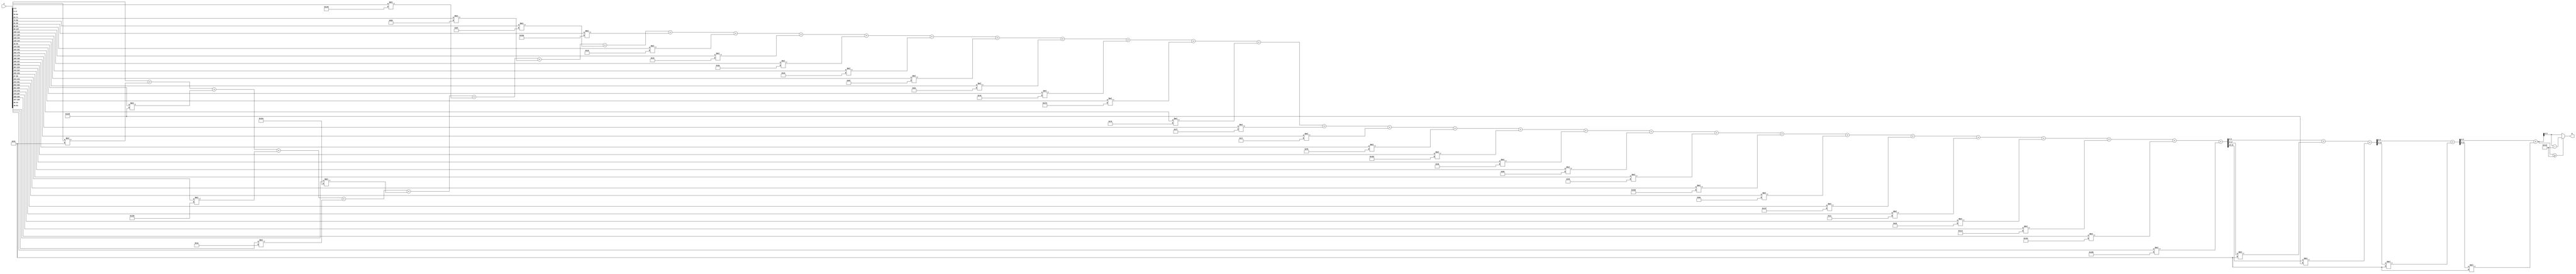
module x_300_mod_461(
    input [300:1] X,
    output [9:1] R
    );

wire [22:1] R_temp_1;
wire [15:1] R_temp_2;
wire [12:1] R_temp_3;
wire [10:1] R_temp_4;
reg [9:1]  R_temp;

assign R_temp_1 = X [ 9 : 1 ]  + X [ 18 : 10 ] * 6'b110011 + X [ 27 : 19 ] * 9'b100101000 + X [ 36 : 28 ] * 9'b101011000 + X [ 45 : 37 ] * 5'b11010 + X [ 54 : 46 ] * 9'b110010100 + X [ 63 : 55 ] * 9'b101000000 + X [ 72 : 64 ] * 8'b10111001 + X [ 81 : 73 ] * 8'b11010111 + X [ 90 : 82 ] * 9'b101101010 + X [ 99 : 91 ] * 5'b10110 + X [ 108 : 100 ] * 8'b11001000 + X [ 117 : 109 ] * 6'b111010 + X [ 126 : 118 ] * 8'b11000000 + X [ 135 : 127 ] * 7'b1101111 + X [ 144 : 136 ] * 8'b10000001 + X [ 153 : 145 ] * 7'b1111101 + X [ 162 : 154 ] * 9'b101111110 + X [ 171 : 163 ] * 7'b1111000 + X [ 180 : 172 ] * 7'b1111111 + X [ 189 : 181 ] * 5'b10111 + X [ 198 : 190 ] * 8'b11111011 + X [ 207 : 199 ] * 9'b101100010 + X [ 216 : 208 ] * 7'b1001011 + X [ 225 : 217 ] * 8'b10001001 + X [ 234 : 226 ] * 7'b1001000 + X [ 243 : 235 ] * 9'b110111101 + X [ 252 : 244 ] * 7'b1101010 + X [ 261 : 253 ] * 9'b101001111 + X [ 270 : 262 ] * 5'b11100 + X [ 279 : 271 ] * 6'b101101 + X [ 288 : 280 ] * 9'b111000011 + X [ 297 : 289 ] * 9'b110011100 + X [ 300 : 298 ] * 9'b100001011 ;

assign R_temp_2 = R_temp_1 [ 9 : 1 ]  + R_temp_1 [ 18 : 10 ] * 6'b110011 + R_temp_1 [ 22 : 19 ] * 9'b100101000 ;

assign R_temp_3 = R_temp_2 [ 9 : 1 ]  + R_temp_2 [ 15 : 10 ] * 6'b110011 ;

assign R_temp_4 = R_temp_3 [ 9 : 1 ]  + R_temp_3 [ 12 : 10 ] * 6'b110011 ;


always @(R_temp_4)
begin
  if (R_temp_4 >= 9'b111001101)
    R_temp <= R_temp_4 - 9'b111001101;
  else
    R_temp <= R_temp_4;
end

assign R = R_temp;

endmodule